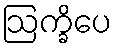
ဩက္ခိပေ